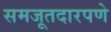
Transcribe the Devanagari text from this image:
समजूतदारपणे